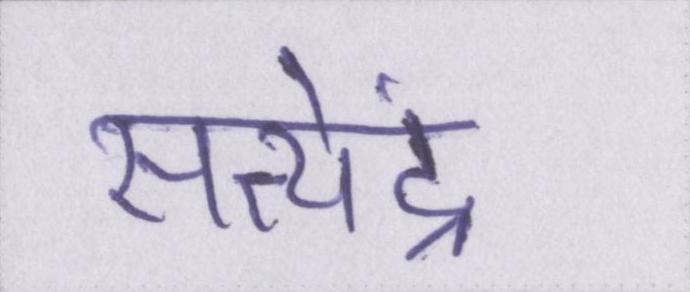
सत्येंद्र